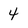
Character: 4